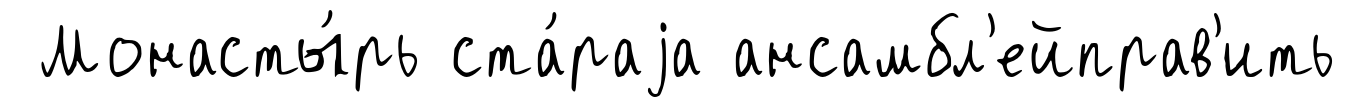
Монасты́рь ста́раjа ансамбл'ейправ'ить